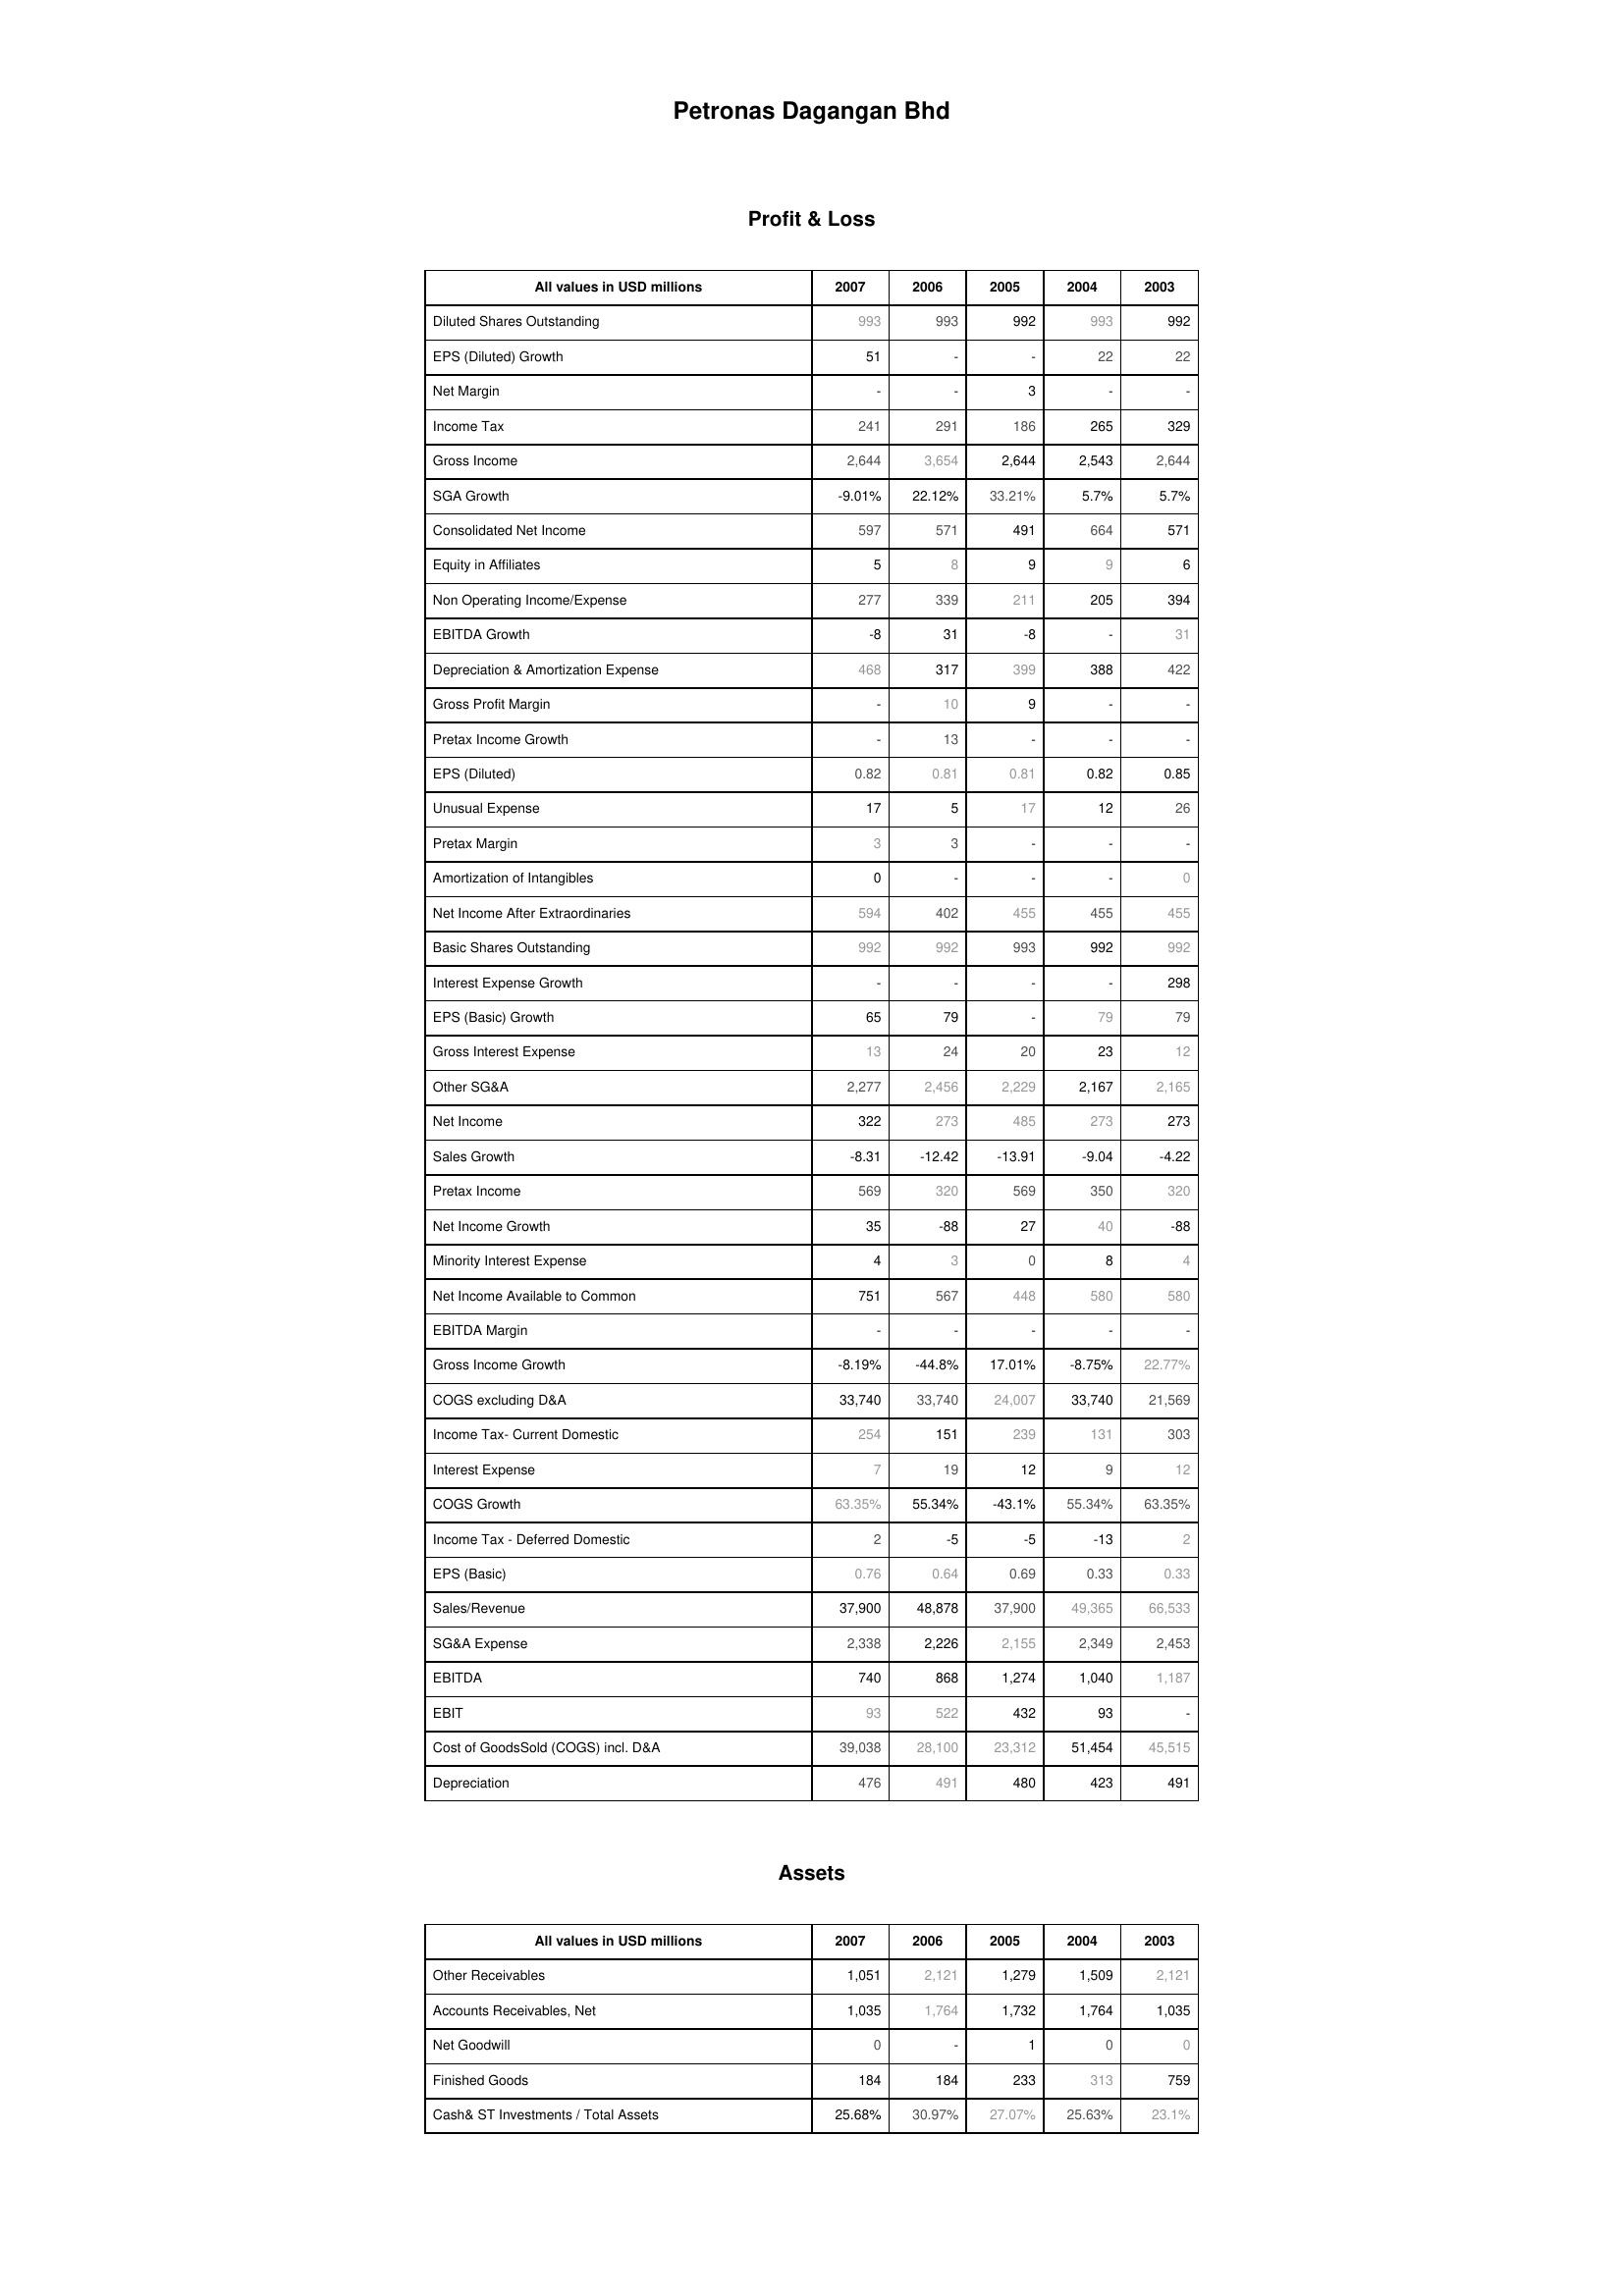
2007: Profit & Loss: Diluted Shares Outstanding: 993
EPS (Diluted) Growth: 51
Net Margin: -
Income Tax: 241
Gross Income: 2,644
SGA Growth: -9.01%
Consolidated Net Income: 597
Equity in Affiliates: 5
Non Operating Income/Expense: 277
EBITDA Growth: -8
Depreciation & Amortization Expense: 468
Gross Profit Margin: -
Pretax Income Growth: -
EPS (Diluted): 0.82
Unusual Expense: 17
Pretax Margin: 3
Amortization of Intangibles: 0
Net Income After Extraordinaries: 594
Basic Shares Outstanding: 992
Interest Expense Growth: -
EPS (Basic) Growth: 65
Gross Interest Expense: 13
Other SG&A: 2,277
Net Income: 322
Sales Growth: -8.31
Pretax Income: 569
Net Income Growth: 35
Minority Interest Expense: 4
Net Income Available to Common: 751
EBITDA Margin: -
Gross Income Growth: -8.19%
COGS excluding D&A: 33,740
Income Tax- Current Domestic: 254
Interest Expense: 7
COGS Growth: 63.35%
Income Tax - Deferred Domestic: 2
EPS (Basic): 0.76
Sales/Revenue: 37,900
SG&A Expense: 2,338
EBITDA: 740
EBIT: 93
Cost of GoodsSold (COGS) incl. D&A: 39,038
Depreciation: 476
Assets: Other Receivables: 1,051
Accounts Receivables, Net: 1,035
Net Goodwill: 0
Finished Goods: 184
Cash& ST Investments / Total Assets: 25.68%
2006: Profit & Loss: Diluted Shares Outstanding: 993
EPS (Diluted) Growth: -
Net Margin: -
Income Tax: 291
Gross Income: 3,654
SGA Growth: 22.12%
Consolidated Net Income: 571
Equity in Affiliates: 8
Non Operating Income/Expense: 339
EBITDA Growth: 31
Depreciation & Amortization Expense: 317
Gross Profit Margin: 10
Pretax Income Growth: 13
EPS (Diluted): 0.81
Unusual Expense: 5
Pretax Margin: 3
Amortization of Intangibles: -
Net Income After Extraordinaries: 402
Basic Shares Outstanding: 992
Interest Expense Growth: -
EPS (Basic) Growth: 79
Gross Interest Expense: 24
Other SG&A: 2,456
Net Income: 273
Sales Growth: -12.42
Pretax Income: 320
Net Income Growth: -88
Minority Interest Expense: 3
Net Income Available to Common: 567
EBITDA Margin: -
Gross Income Growth: -44.8%
COGS excluding D&A: 33,740
Income Tax- Current Domestic: 151
Interest Expense: 19
COGS Growth: 55.34%
Income Tax - Deferred Domestic: -5
EPS (Basic): 0.64
Sales/Revenue: 48,878
SG&A Expense: 2,226
EBITDA: 868
EBIT: 522
Cost of GoodsSold (COGS) incl. D&A: 28,100
Depreciation: 491
Assets: Other Receivables: 2,121
Accounts Receivables, Net: 1,764
Net Goodwill: -
Finished Goods: 184
Cash& ST Investments / Total Assets: 30.97%
2005: Profit & Loss: Diluted Shares Outstanding: 992
EPS (Diluted) Growth: -
Net Margin: 3
Income Tax: 186
Gross Income: 2,644
SGA Growth: 33.21%
Consolidated Net Income: 491
Equity in Affiliates: 9
Non Operating Income/Expense: 211
EBITDA Growth: -8
Depreciation & Amortization Expense: 399
Gross Profit Margin: 9
Pretax Income Growth: -
EPS (Diluted): 0.81
Unusual Expense: 17
Pretax Margin: -
Amortization of Intangibles: -
Net Income After Extraordinaries: 455
Basic Shares Outstanding: 993
Interest Expense Growth: -
EPS (Basic) Growth: -
Gross Interest Expense: 20
Other SG&A: 2,229
Net Income: 485
Sales Growth: -13.91
Pretax Income: 569
Net Income Growth: 27
Minority Interest Expense: 0
Net Income Available to Common: 448
EBITDA Margin: -
Gross Income Growth: 17.01%
COGS excluding D&A: 24,007
Income Tax- Current Domestic: 239
Interest Expense: 12
COGS Growth: -43.1%
Income Tax - Deferred Domestic: -5
EPS (Basic): 0.69
Sales/Revenue: 37,900
SG&A Expense: 2,155
EBITDA: 1,274
EBIT: 432
Cost of GoodsSold (COGS) incl. D&A: 23,312
Depreciation: 480
Assets: Other Receivables: 1,279
Accounts Receivables, Net: 1,732
Net Goodwill: 1
Finished Goods: 233
Cash& ST Investments / Total Assets: 27.07%
2004: Profit & Loss: Diluted Shares Outstanding: 993
EPS (Diluted) Growth: 22
Net Margin: -
Income Tax: 265
Gross Income: 2,543
SGA Growth: 5.7%
Consolidated Net Income: 664
Equity in Affiliates: 9
Non Operating Income/Expense: 205
EBITDA Growth: -
Depreciation & Amortization Expense: 388
Gross Profit Margin: -
Pretax Income Growth: -
EPS (Diluted): 0.82
Unusual Expense: 12
Pretax Margin: -
Amortization of Intangibles: -
Net Income After Extraordinaries: 455
Basic Shares Outstanding: 992
Interest Expense Growth: -
EPS (Basic) Growth: 79
Gross Interest Expense: 23
Other SG&A: 2,167
Net Income: 273
Sales Growth: -9.04
Pretax Income: 350
Net Income Growth: 40
Minority Interest Expense: 8
Net Income Available to Common: 580
EBITDA Margin: -
Gross Income Growth: -8.75%
COGS excluding D&A: 33,740
Income Tax- Current Domestic: 131
Interest Expense: 9
COGS Growth: 55.34%
Income Tax - Deferred Domestic: -13
EPS (Basic): 0.33
Sales/Revenue: 49,365
SG&A Expense: 2,349
EBITDA: 1,040
EBIT: 93
Cost of GoodsSold (COGS) incl. D&A: 51,454
Depreciation: 423
Assets: Other Receivables: 1,509
Accounts Receivables, Net: 1,764
Net Goodwill: 0
Finished Goods: 313
Cash& ST Investments / Total Assets: 25.63%
2003: Profit & Loss: Diluted Shares Outstanding: 992
EPS (Diluted) Growth: 22
Net Margin: -
Income Tax: 329
Gross Income: 2,644
SGA Growth: 5.7%
Consolidated Net Income: 571
Equity in Affiliates: 6
Non Operating Income/Expense: 394
EBITDA Growth: 31
Depreciation & Amortization Expense: 422
Gross Profit Margin: -
Pretax Income Growth: -
EPS (Diluted): 0.85
Unusual Expense: 26
Pretax Margin: -
Amortization of Intangibles: 0
Net Income After Extraordinaries: 455
Basic Shares Outstanding: 992
Interest Expense Growth: 298
EPS (Basic) Growth: 79
Gross Interest Expense: 12
Other SG&A: 2,165
Net Income: 273
Sales Growth: -4.22
Pretax Income: 320
Net Income Growth: -88
Minority Interest Expense: 4
Net Income Available to Common: 580
EBITDA Margin: -
Gross Income Growth: 22.77%
COGS excluding D&A: 21,569
Income Tax- Current Domestic: 303
Interest Expense: 12
COGS Growth: 63.35%
Income Tax - Deferred Domestic: 2
EPS (Basic): 0.33
Sales/Revenue: 66,533
SG&A Expense: 2,453
EBITDA: 1,187
EBIT: -
Cost of GoodsSold (COGS) incl. D&A: 45,515
Depreciation: 491
Assets: Other Receivables: 2,121
Accounts Receivables, Net: 1,035
Net Goodwill: 0
Finished Goods: 759
Cash& ST Investments / Total Assets: 23.1%